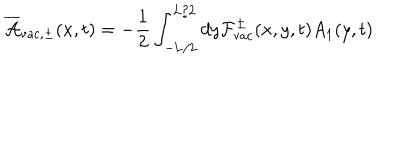
\overline { { { \cal A } } } _ { \mathrm { v a c } , \pm } ( x , t ) = - \frac { 1 } { 2 } \int _ { - \mathrm { L } / 2 } ^ { \mathrm { L } / 2 } d y { \cal F } _ { \mathrm { v a c } } ^ { \pm } ( x , y , t ) A _ { 1 } ( y , t ) .